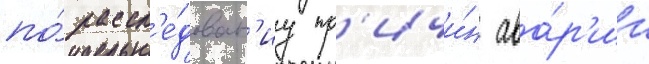
по́ рассл'е́дован'иу пр'ичи́н ава́р'ии